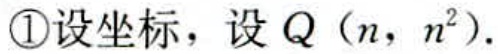
\textcircled{1}设坐标，设 \(Q(n, n^{2})\).